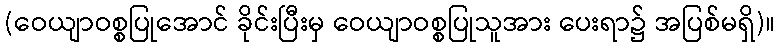
(ဝေယျာဝစ္စပြုအောင် ခိုင်းပြီးမှ ဝေယျာဝစ္စပြုသူအား ပေးရာ၌ အပြစ်မရှိ)။